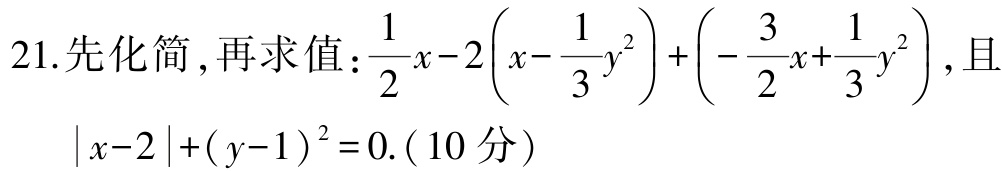
21.先化简，再求值：\(\frac{1}{2}x - 2\left(x - \frac{1}{3}y^{2}\right)+\left(-\frac{3}{2}x + \frac{1}{3}y^{2}\right)\)，且\(\vert x - 2\vert+(y - 1)^{2}=0\).（10分）